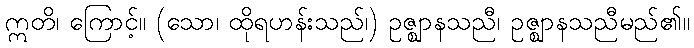
ဣတိ၊ ကြောင့်။ (သော၊ ထိုရဟန်းသည်၊) ဥဇ္ဈာနသညီ၊ ဥဇ္ဈာနသညီမည်၏။